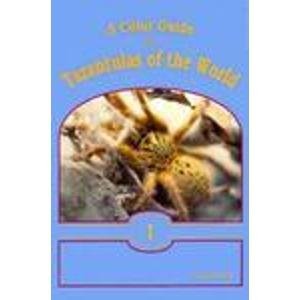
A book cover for A Color Guide to Tarantulas of the World I; Russ Gurley; Sports & Outdoors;